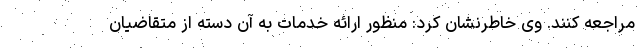
مراجعه کنند. وی خاطرنشان کرد: منظور ارائه خدمات به آن دسته از متقاضیان